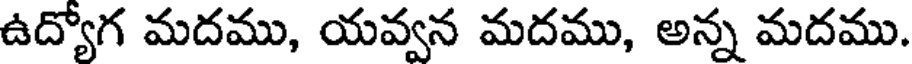
ఉద్యోగ మదము, యవ్వన మదము, అన్న మదము.